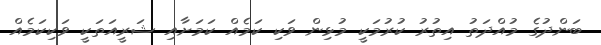
ބަންދުގެ މުއްދަތު އިތުރު ކުރުމަކީ މުޅިން ވަކި ކަމެއް ކަމަށާއި ޝަރީއަތަކީ ވަކިކަމެއް